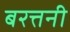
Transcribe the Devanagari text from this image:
बरत्तनी